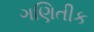
ગણિતીક